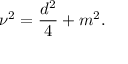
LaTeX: \nu ^ { 2 } = \frac { d ^ { 2 } } { 4 } + m ^ { 2 } .